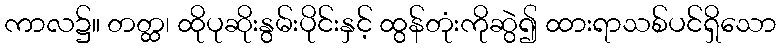
ကာလ၌။ တတ္ထ၊ ထိုပုဆိုးနွမ်းပိုင်းနှင့် ထွန်တုံးကိုဆွဲ၍ ထားရာသစ်ပင်ရှိသော